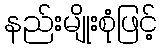
နည်းမျိုးစုံဖြင့်